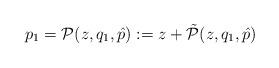
LaTeX: \begin{align*}p_1=\mathcal P(z,q_1,\hat p ):=z +\tilde{\mathcal P}(z,q_1,\hat p )\end{align*}